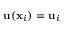
\mathbf { u } ( \mathbf { x } _ { i } ) = \mathbf { u } _ { i }